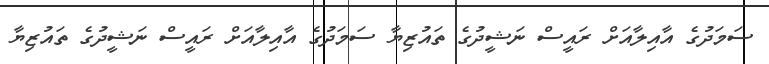
ސަމަދުގެ އާއިލާއަށް ރައީސް ނަޝީދުގެ ތައުޒިޔާ ސަމަދުގެ އާއިލާއަށް ރައީސް ނަޝީދުގެ ތައުޒިޔާ